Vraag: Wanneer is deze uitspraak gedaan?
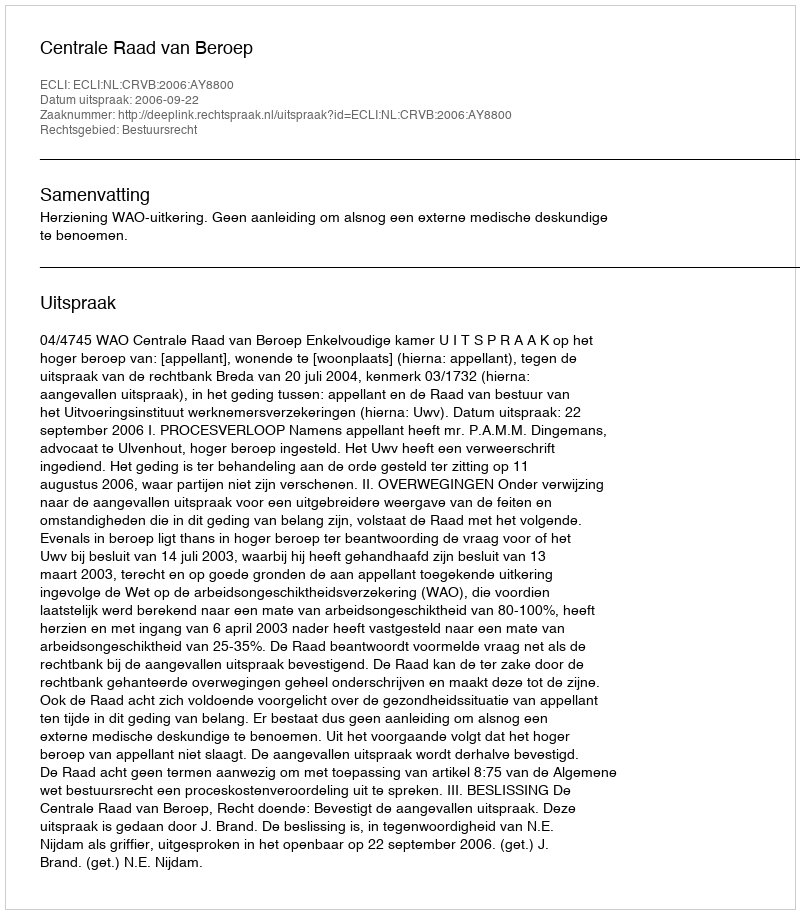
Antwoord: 2006-09-22